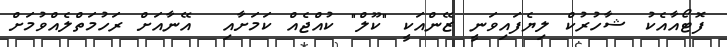
ފޮޓޯއާއެކު ޝާހުރުކް ލިޔެފައިވަނީ ޒޭންއަކީ "ކޫލް" ކުއްޖެއް ކަމަށާއި  އޭނާއަށް ރަހުމަތްލެއްވުމަށް